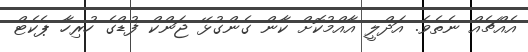
އެއްޗެއް ނެތެވެ. އަދްލީ އާއްމުކޮށް ކާން ގެންގުޅޭ ޖަންކް ފުޑްގެ ހުރިހާ ޕެކެޓް